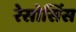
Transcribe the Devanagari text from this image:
रेसोर्सिस